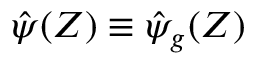
\hat { \psi } ( Z ) \equiv \hat { \psi } _ { g } ( Z )